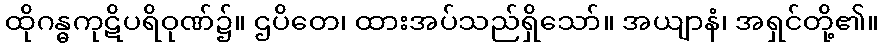
ထိုဂန္ဓကုဋိပရိဝုဏ်၌။ ဌပိတေ၊ ထားအပ်သည်ရှိသော်။ အယျာနံ၊ အရှင်တို့၏။